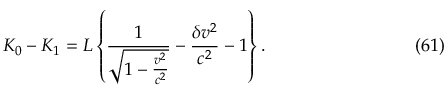
K _ { 0 } - K _ { 1 } = L \left\{ \frac { 1 } { \sqrt { 1 - \frac { v ^ { 2 } } { c ^ { 2 } } } } - \frac { \delta v ^ { 2 } } { c ^ { 2 } } - 1 \right\} . \eqno ( 6 1 )